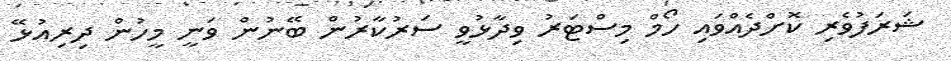
ޝަރަފުވެރި ކޮށްދެއްވައި ހޯމް މިިސްޓަރު ވިދާޅުވީ ސަރުކާރުން ބޭނުން ވަނީ މީހުން ދިރިއުޅޭ